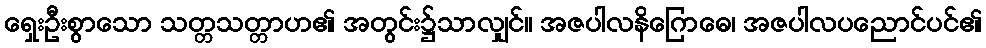
ရှေးဦးစွာသော သတ္တသတ္တာဟ၏ အတွင်း၌သာလျှင်။ အဇပါလနိဂြောဓေ၊ အဇပါလပညောင်ပင်၏